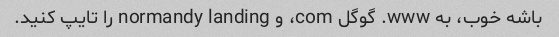
باشه خوب، به www. گوگل com، و normandy landing را تایپ کنید.